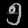
Digit: ၅